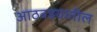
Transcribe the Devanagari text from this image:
आठवडयातील